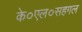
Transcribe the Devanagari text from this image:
के०एल०सहगल